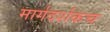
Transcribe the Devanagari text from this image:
मार्गदर्शकच